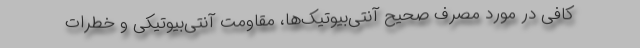
کافی در مورد مصرف صحیح آنتی‌بیوتیک‌ها، مقاومت آنتی‌بیوتیکی و خطرات